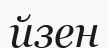
йзен